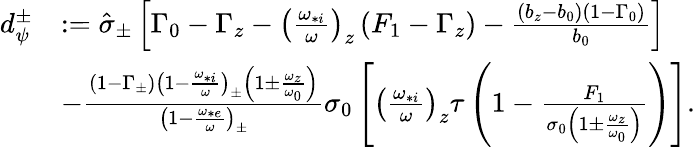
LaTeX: \begin{array}{rl}{d_{\psi}^{\pm}}&{:=\hat{\sigma}_{\pm}\left[\Gamma_{0}-\Gamma_{z}-\left(\frac{\omega_{*i}}{\omega}\right)_{z}\left(F_{1}-\Gamma_{z}\right)-\frac{\left(b_{z}-b_{0}\right)\left(1-\Gamma_{0}\right)}{b_{0}}\right]}\\ &{-\frac{\left(1-\Gamma_{\pm}\right)\left(1-\frac{\omega_{*i}}{\omega}\right)_{\pm}\left(1\pm\frac{\omega_{z}}{\omega_{0}}\right)}{\left(1-\frac{\omega_{*e}}{\omega}\right)_{\pm}}\sigma_{0}\left[\left(\frac{\omega_{*i}}{\omega}\right)_{z}\tau\left(1-\frac{F_{1}}{\sigma_{0}\left(1\pm\frac{\omega_{z}}{\omega_{0}}\right)}\right)\right].}\end{array}